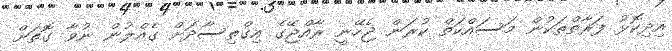
އިދިކޮޅު ފަރާތްތަކުން މަސައްކަތް ކުރަން ޖެހޭނީ ރާއްޖޭގެ އިގްތިސާދަށް ގެއްލުން ނުވާ ގޮތަށް